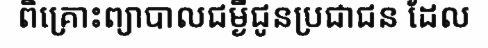
ពិគ្រោះព្យាបាលជម្ងឺជូនប្រជាជន ដែល